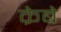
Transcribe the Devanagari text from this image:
क्रेबे